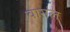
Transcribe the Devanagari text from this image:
वागल